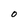
Character: O